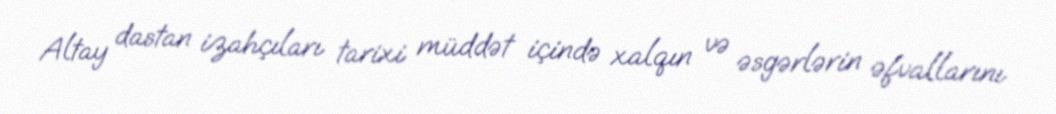
Altay dastan izahçıları tarixi müddət içində xalqın və əsgərlərin əfvallarını